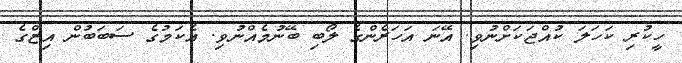
ހީކުރި ކަހަލަ ކުއްޖަކަށްނުވި. އޭނަ އަހަރެންގެ ލޯބި ބޭނުމެއްނުވި. އެކަމުގެ ސަބަބުން އިޒްގެ